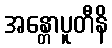
အန္တောပူတီနိ